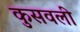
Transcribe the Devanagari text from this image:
कुसवली